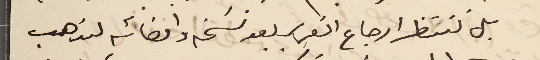
بل ننتظر ارجاع التقرير بعد نسَخة وامضائه لنذهب